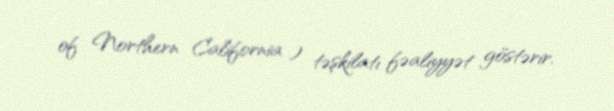
of Northern California ) təşkilatı fəaliyyət göstərir.